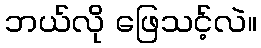
ဘယ်လို ဖြေသင့်လဲ။